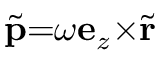
\widetilde { \mathbf { p } } { = } \omega \mathbf { e } _ { z } { \times } \widetilde { \mathbf { r } }